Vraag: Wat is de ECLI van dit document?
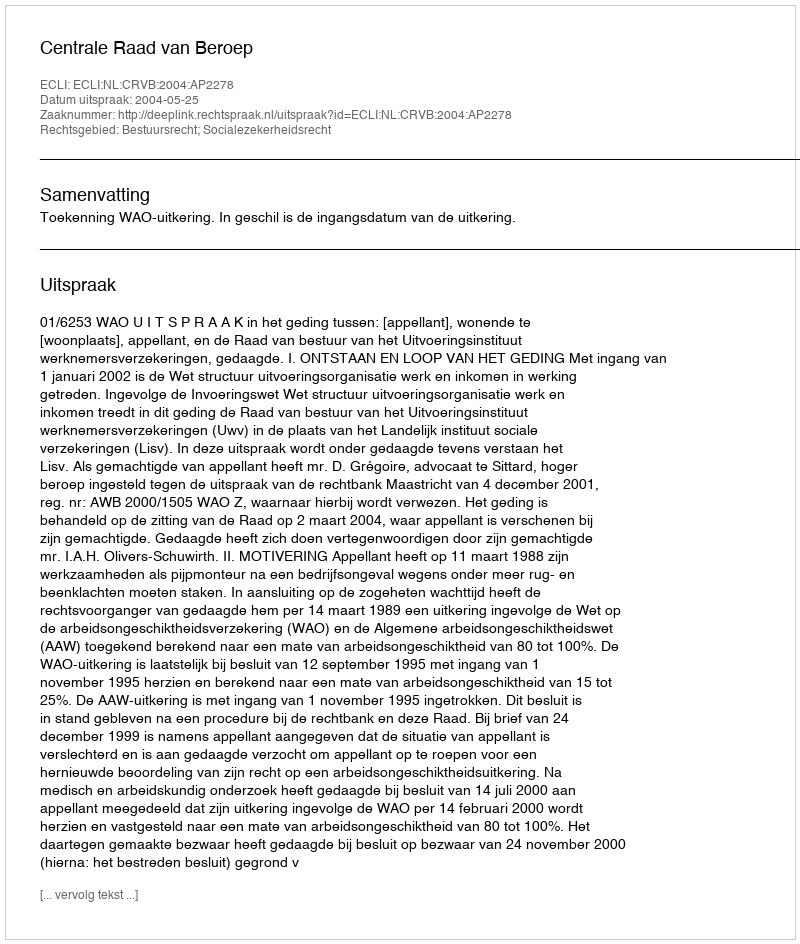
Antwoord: ECLI:NL:CRVB:2004:AP2278